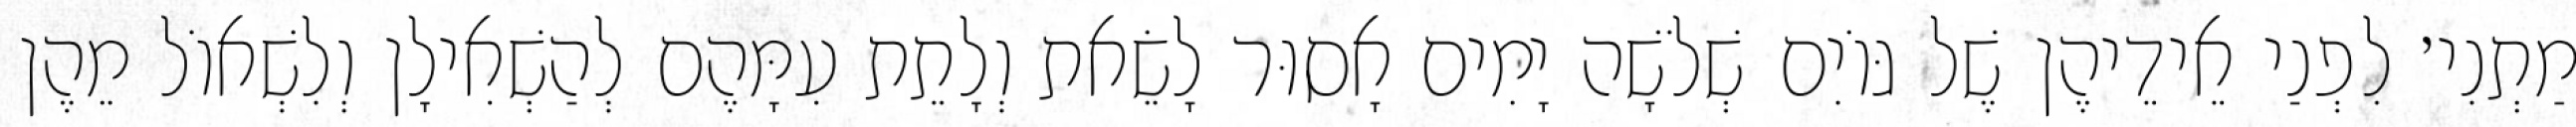
מַתְנִי׳ לִפְנַי אֵידֵיהֶן שֶׁל גּוֹיִם שְׁלֹשָׁה יָמִים אָסוּר לָשֵׂאת וְלָתֵת עִמָּהֶם לְהַשְׁאִילָן וְלִשְׁאוֹל מֵהֶן